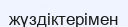
жүздіктерімен